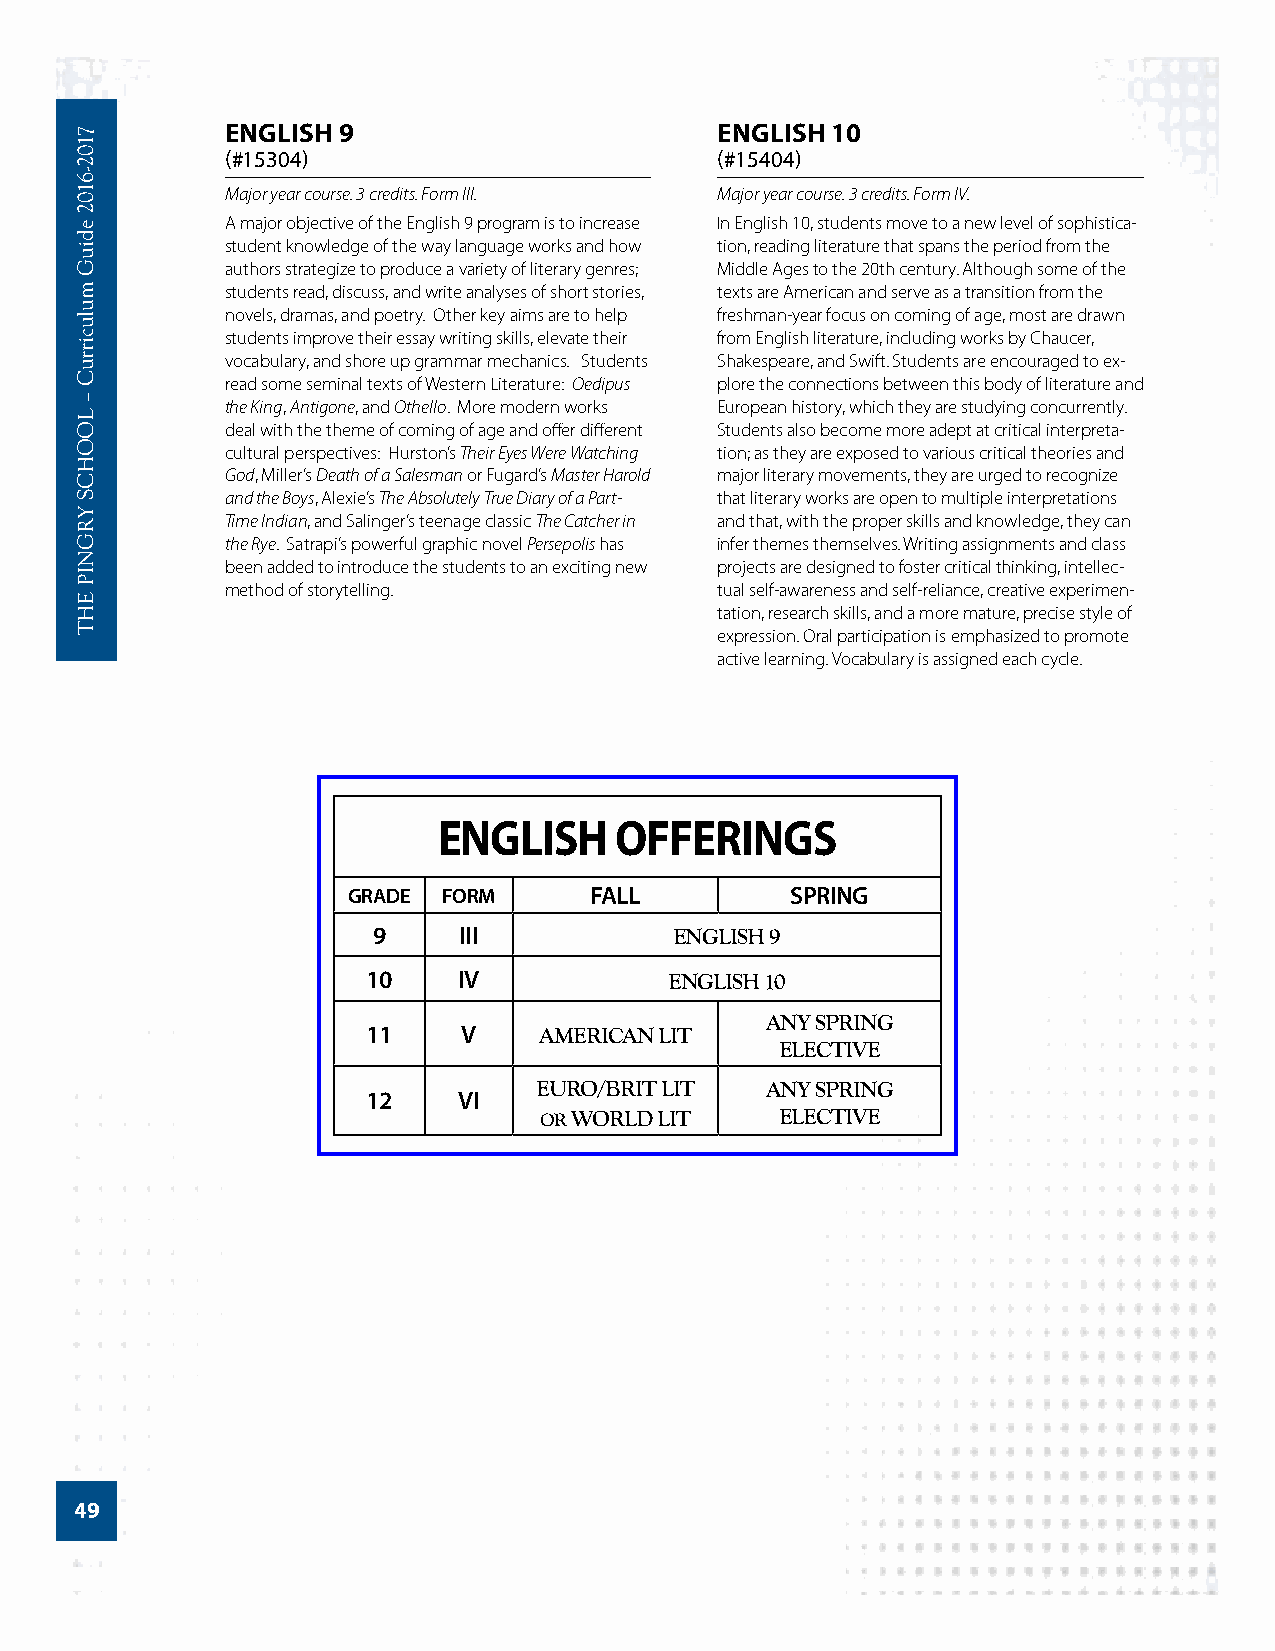
ENGLISH 9                        ENGLISH 10
 (#15304)                        (#15404)
 Major year course. 3 credits. Form III. Major year course. 3 credits. Form IV.
 A major objective of the English 9 program is to increase In English 10, students move to a new level of sophistica-
 student knowledge of the way language works and how tion, reading literature that spans the period from the
 authors strategize to produce a variety of literary genres; Middle Ages to the 20th century. Although some of the
 students read, discuss, and write analyses of short stories, texts are American and serve as a transition from the
 novels, dramas, and poetry. Other key aims are to help freshman-year focus on coming of age, most are drawn
 students improve their essay writing skills, elevate their from English literature, including works by Chaucer,
 vocabulary, and shore up grammar mechanics. Students Shakespeare, and Swift. Students are encouraged to ex-
 read some seminal texts of Western Literature: Oedipus plore the connections between this body of literature and
 the King, Antigone, and Othello. More modern works European history, which they are studying concurrently.
 deal with the theme of coming of age and offer different Students also become more adept at critical interpreta-
 cultural perspectives: Hurston’s Their Eyes Were Watching tion; as they are exposed to various critical theories and
 God, Miller’s Death of a Salesman or Fugard’s Master Harold major literary movements, they are urged to recognize
 and the Boys, Alexie’s The Absolutely True Diary of a Part- that literary works are open to multiple interpretations
 Time Indian, and Salinger’s teenage classic The Catcher in and that, with the proper skills and knowledge, they can
 the Rye. Satrapi’s powerful graphic novel Persepolis has infer themes themselves. Writing assignments and class
 been added to introduce the students to an exciting new projects are designed to foster critical thinking, intellec-
 method of storytelling.         tual self-awareness and self-reliance, creative experimen-
 tation, research skills, and a more mature, precise style of
 expression. Oral participation is emphasized to promote
 active learning. Vocabulary is assigned each cycle.
 ENGLISH     OFFERINGS
 GRADE FORM      FALL         SPRING
 9    III            ENGLISH 9
 10    IV            ENGLISH 10
 ANY SPRING
 11     V    AMERICAN LIT
 ELECTIVE
 EURO/BRIT LIT  ANY SPRING
 12    VI
 OR WORLD LIT    ELECTIVE
 49
 7102-­6102
 ediuG
 mulucirruC
 –
 LOOHCS
 YRGNIP
 EHT